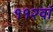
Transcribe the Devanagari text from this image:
११२वां